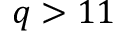
q > 1 1